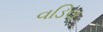
વડિલ